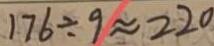
1 7 6 \div 9 \approx 2 2 0